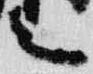
言